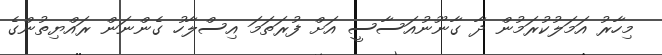
މިހާރު އަމަލުކުރަމުން ދާ ގާނޫނުއަސާސީ އަށް ފުރަތަމަ އިސްލާހު ގެންނަން ރައްޔިތުންގެ